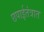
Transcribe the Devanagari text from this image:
छपाईतंत्रात